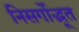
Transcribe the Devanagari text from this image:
निसर्गोद्भूत